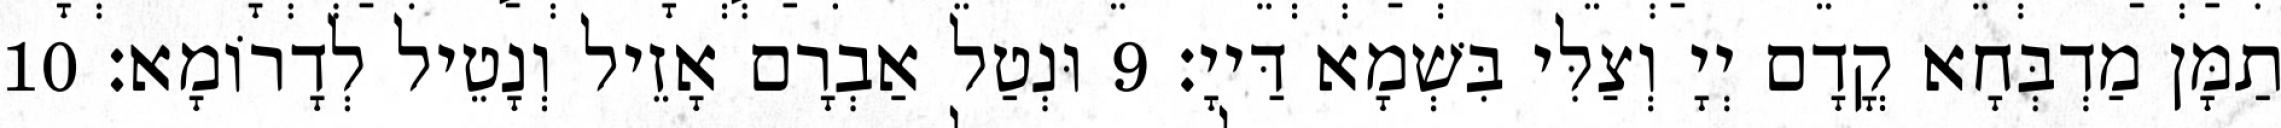
תַמָּן מַדְבְּחָא קֳדָם יְיָ וְצַלִּי בִּשְׁמָא דַּייָ׃ 9 וּנְטַל אַבְרָם אָזֵיל וְנָטֵיל לְדָרוֹמָא׃ 10